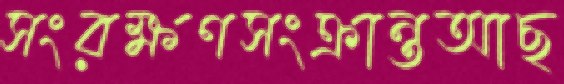
সংরক্ষণসংক্রান্তআছ